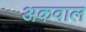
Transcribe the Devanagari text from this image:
अकवाल